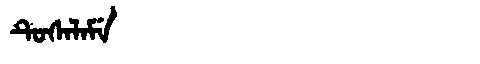
Manchu: ᡨᡠᠰᠠᠯᠠᠮᡝ
Romanization: TUSALAME